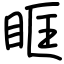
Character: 眶